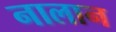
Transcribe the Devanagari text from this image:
नालान